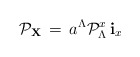
\begin{align*}{\cal P}_{\bf X}\, = \, a^\Lambda {\cal P}_\Lambda^x \, {\bf i}_x\end{align*}